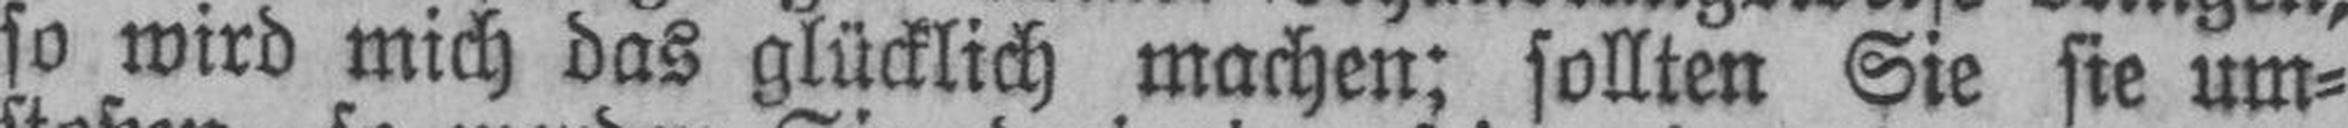
so wird mich das glücklich machen; sollten Sie sie um¬